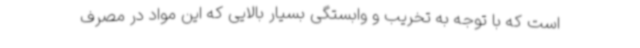
است که با توجه به تخریب و وابستگی بسیار بالایی که این مواد در مصرف